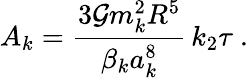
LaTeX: A_{k}=\frac{3\mathcal{G}m_{k}^{2}R^{5}}{\beta_{k}a_{k}^{8}}\, k_{2}\tau\ .